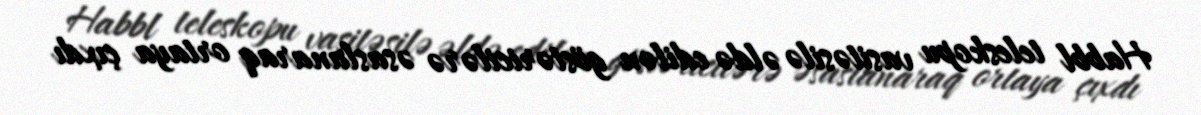
Habbl teleskopu vasitəsilə əldə edilən göstəricilərə əsaslanaraq ortaya çıxdı